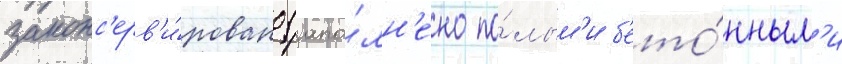
законс'ерв'и́ровано (запо́лн'ено по́лым'и б'ето́нным'и